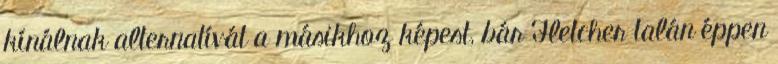
kínálnak alternatívát a másikhoz képest, bár Fletcher talán éppen